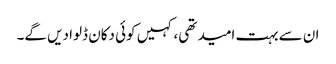
ان سے بہت امید تھی، کہیں کوئی دکان ڈلوا دیں گے۔